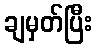
ချမှတ်ပြီး